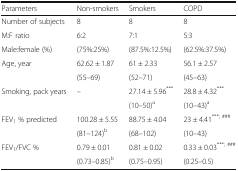
<table><thead><tr><td><b>Parameters</b></td><td><b>Non-smokers</b></td><td><b>Smokers</b></td><td><b>COPD</b></td></tr></thead><tbody><tr><td>Number of subjects</td><td>8</td><td>8</td><td>8</td></tr><tr><td>M:F ratio</td><td>6:2</td><td>7:1</td><td>5:3</td></tr><tr><td>Male:female (%)</td><td>(75%:25%)</td><td>(87.5%:12.5%)</td><td>(62.5%:37.5%)</td></tr><tr><td rowspan="2">Age, year</td><td>62.62 ± 1.87</td><td>61 ± 2.33</td><td>56.1 ± 2.57</td></tr><tr><td>(55–69)</td><td>(52–71)</td><td>(45–63)</td></tr><tr><td rowspan="2">Smoking, pack years</td><td rowspan="2">–</td><td>27.14 ± 5.96<sup>***</sup></td><td>28.8 ± 4.32<sup>***</sup></td></tr><tr><td>(10–50)<sup>a</sup></td><td>(10–43)<sup>a</sup></td></tr><tr><td rowspan="2">FEV<sub>1</sub> % predicted</td><td>100.28 ± 5.55</td><td>88.75 ± 4.04</td><td>23 ± 4.41<sup>***; ###</sup></td></tr><tr><td>(81–124)<sup>b</sup></td><td>(68–102)</td><td>(10–43)</td></tr><tr><td rowspan="2">FEV<sub>1</sub>/FVC %</td><td>0.79 ± 0.01</td><td>0.81 ± 0.02</td><td>0.33 ± 0.03<sup>***; ###</sup></td></tr><tr><td>(0.73–0.85)<sup>b</sup></td><td>(0.75–0.95)</td><td>(0.25–0.5)</td></tr></tbody></table>